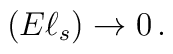
(E \ell_s) \rightarrow 0 \,.